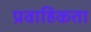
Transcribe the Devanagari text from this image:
प्रवाहिकता